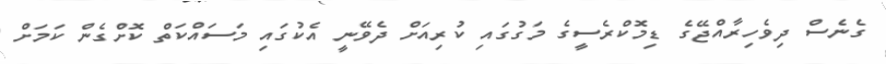
ގެނެސް ދިވެހިރާއްޖޭގެ ޑިމޮކްރެސީގެ މަގުގައި ކުރިއަށް ދެވޭނީ އެކުގައި މަސައްކަތް ކޮށްގެން ކަމަށް